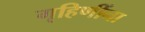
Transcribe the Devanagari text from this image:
गृहिणींना